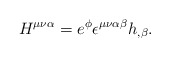
\begin{align*}H^{\mu \nu \alpha }=e^\phi \epsilon ^{\mu \nu \alpha \beta }h_{,\beta }.\end{align*}